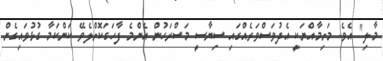
މާލި" އެވެ. މަށިމާއްޔަކީ އެދުވަސްވަރެއްގައި ސިޔާސީ މަސްރަހުން އެންމެ ފާހަގަކޮށްލެވޭ ކަންކަމާ ގުޅުވައިގެން